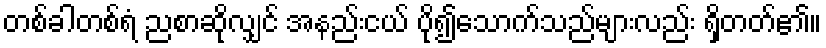
တစ်ခါတစ်ရံ ညစာဆိုလျှင် အနည်းငယ် ပို၍သောက်သည်များလည်း ရှိတတ်၏။